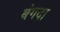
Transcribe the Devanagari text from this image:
बंगदा